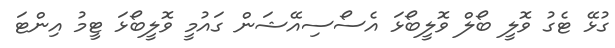
ގުޅޭ ޓެގު ވޮލީ ބޯލް ވޮލީބޯޅަ އެސޯސިއޭޝަން ގައުމީ ވޮލީބޯޅަ ޓީމު އިންޓަ